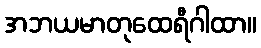
အဘယမာတုထေရီဂါထာ။